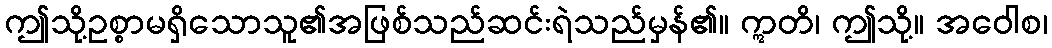
ဤသို့ဥစ္စာမရှိသောသူ၏အဖြစ်သည်ဆင်းရဲသည်မှန်၏။ ဣတိ၊ ဤသို့။ အဝေါစ၊